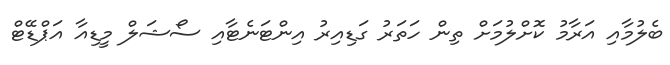
ބެލުމާއި އަރާމު ކޮށްލުމަށް ތިން ހަތަރު ގަޑިއިރު އިންޓަނެޓާއި ސޯޝަލް މީޑިއާ އަޕްޑޭޓް